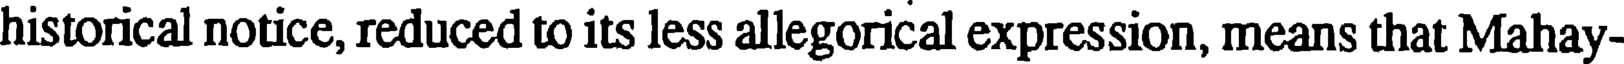
historical notice, reduced to its less allegorical expression, means that Mahay-